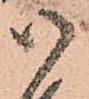
御